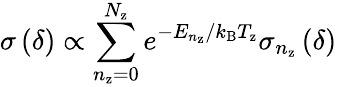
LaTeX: \sigma\left(\delta\right)\propto\sum_{n_{\mathrm{z}}=0}^{N_{\mathrm{z}}}e^{-E_{n_{\mathrm{z}}}/k_{\mathrm{B}}T_{\mathrm{z}}}\sigma_{n_{\mathrm{z}}}\left(\delta\right)